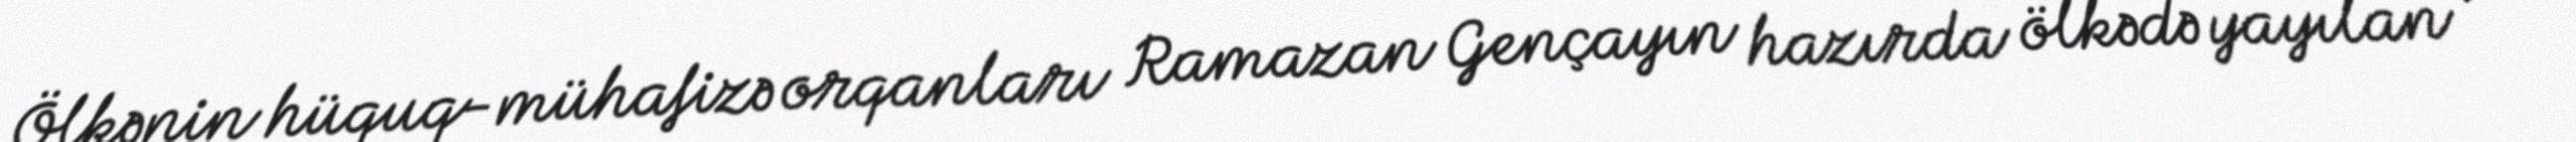
Ölkənin hüquq-mühafizə orqanları Ramazan Gençayın hazırda ölkədə yayılan ,